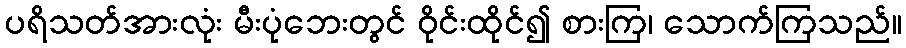
ပရိသတ်အားလုံး မီးပုံဘေးတွင် ဝိုင်းထိုင်၍ စားကြ၊ သောက်ကြသည်။